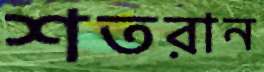
শতরান